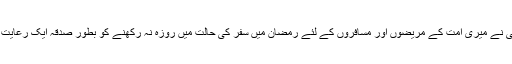
یقینا اللہ تعالیٰ نے میری اُمّت کے مریضوں اور مسافروں کے لئے رمضان میں سفر کی حالت میں روزہ نہ رکھنے کو بطور صدقہ ایک رعایت قرار دیاہے۔